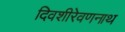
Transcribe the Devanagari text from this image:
दिवशीरेवणनाथ